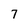
Character: 7